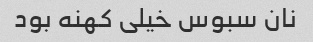
نان سبوس خیلی کهنه بود